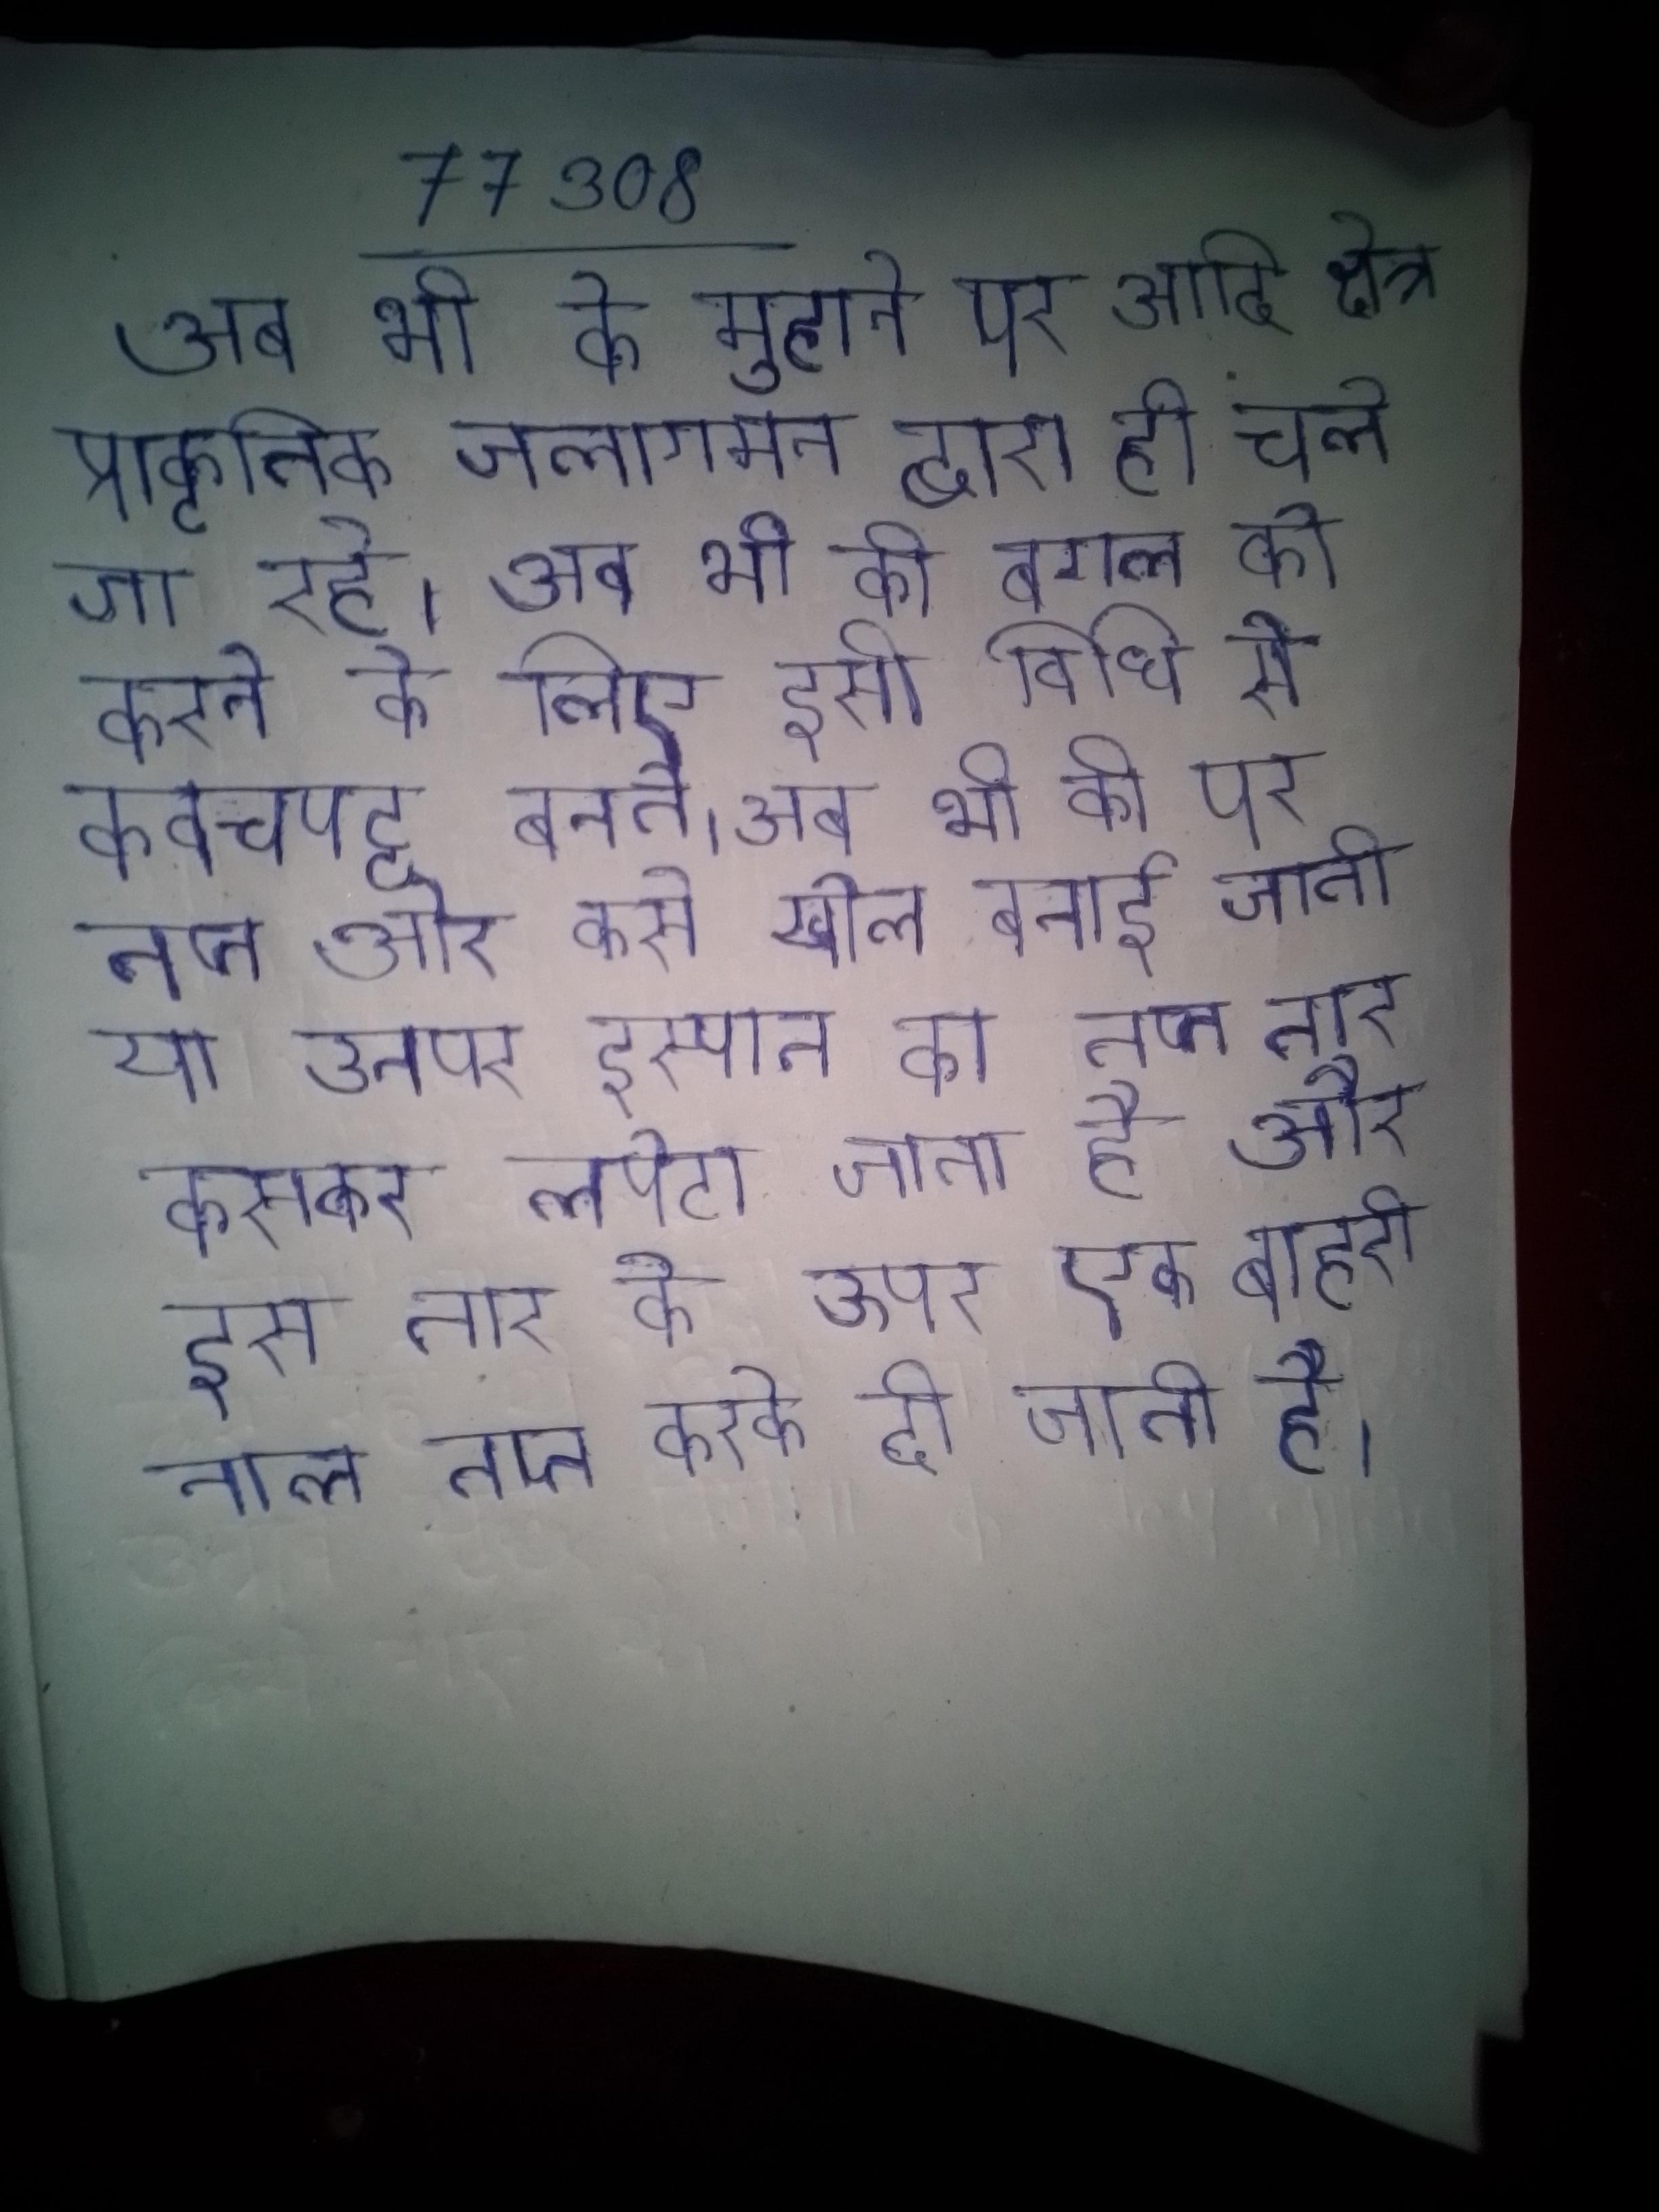
अब भी के मुहाने पर आदि के क्षेत्र प्राकृतिक जलागमन द्वारा ही चले जा रहे । अब भी की बगल को करने के लिए इसी विधि से कवचपट्ट बनते । अब भी की पर तप्त ओर कसे खोल बनाई जाती या उनपर इस्पात का तप्त तार कसकर लपेटा जाता है और इस तार के ऊपर एक बाहरी नाल तप्त करके दी जाती है ।